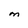
Character: M